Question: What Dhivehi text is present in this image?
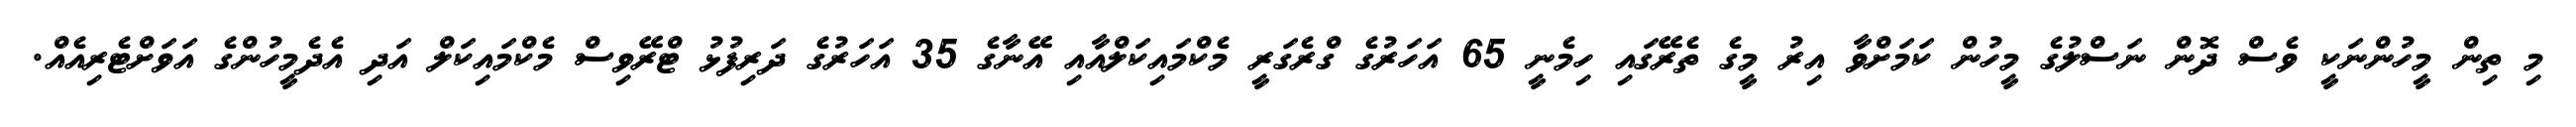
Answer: މި ތިން މީހުންނަކީ ވެސް ދޮން ނަސްލުގެ މީހުން ކަމަށްވާ އިރު މީގެ ތެރޭގައި ހިމެނީ 65 އަހަރުގެ ގްރެގަރީ މެކްމައިކަލްއާއި އޭނާގެ 35 އަހަރުގެ ދަރިފުޅު ޓްރޭވިސް މެކްމައިކަލް އަދި އެދެމީހުންގެ އަވަށްޓެރިއެއް.